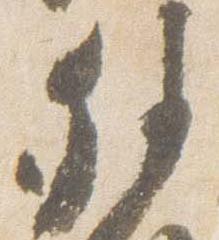
外